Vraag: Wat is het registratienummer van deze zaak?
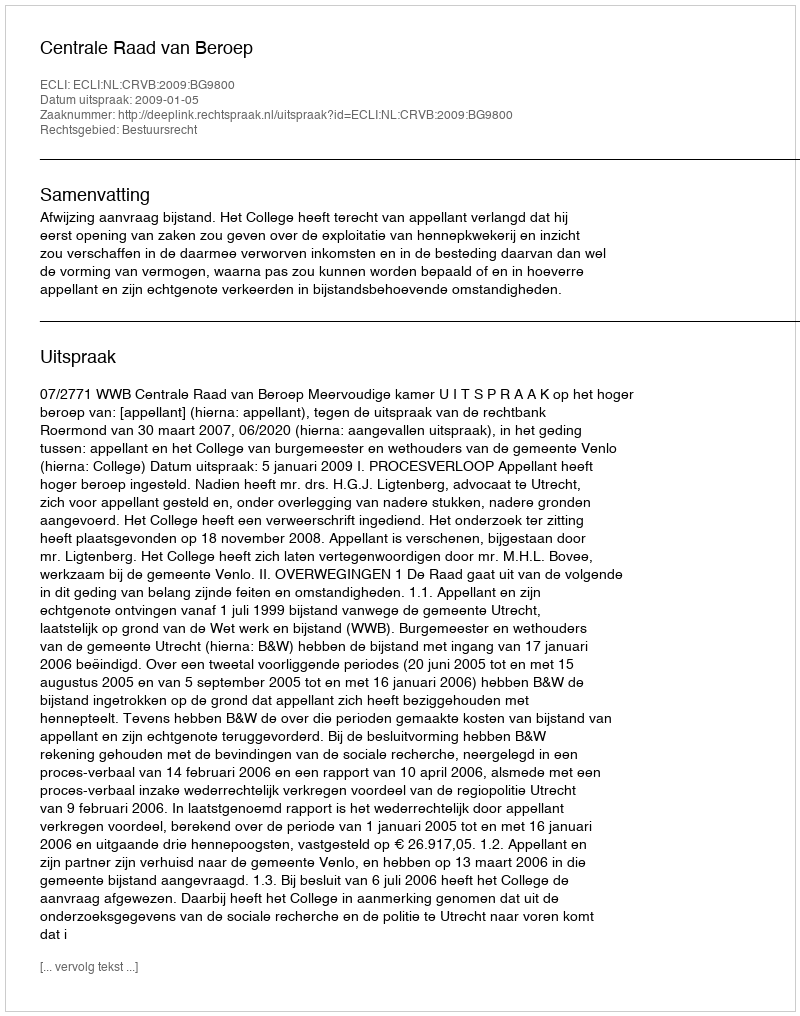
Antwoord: http://deeplink.rechtspraak.nl/uitspraak?id=ECLI:NL:CRVB:2009:BG9800